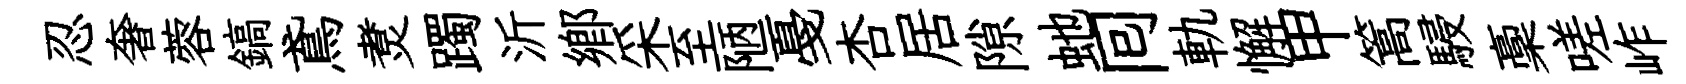
忍奢蓉鎬鳶煑躅沂鄕采至陋戞杏居隙虵囘軌懈甲篙駸稾嗟岞